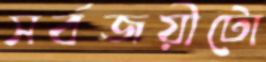
সর্বজয়ীটো